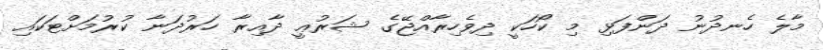
މާލެ ހެނދުނު ދަންފަޅި މި ކޯހަކީ ދިވެހިރާއްޖޭގެ ޝަރުޢީ ދާއިރާ ހަރުދަނާ ކުރުމަށްޓަކައި